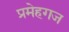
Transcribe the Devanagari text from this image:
प्रमेहगज